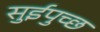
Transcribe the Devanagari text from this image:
सुईपुच्छ